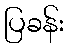
ပြခန်း